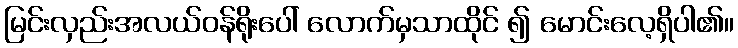
မြင်းလှည်းအလယ်ဝန်ရိုးပေါ် လောက်မှသာထိုင် ၍ မောင်းလေ့ရှိပါ၏။